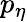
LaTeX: p_{\eta}